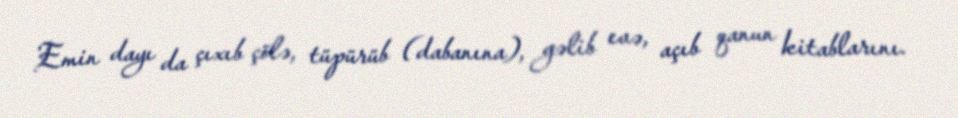
Emin dayı da çıxıb çölə, tüpürüb (dabanına), gəlib evə, açıb qanun kitablarını.